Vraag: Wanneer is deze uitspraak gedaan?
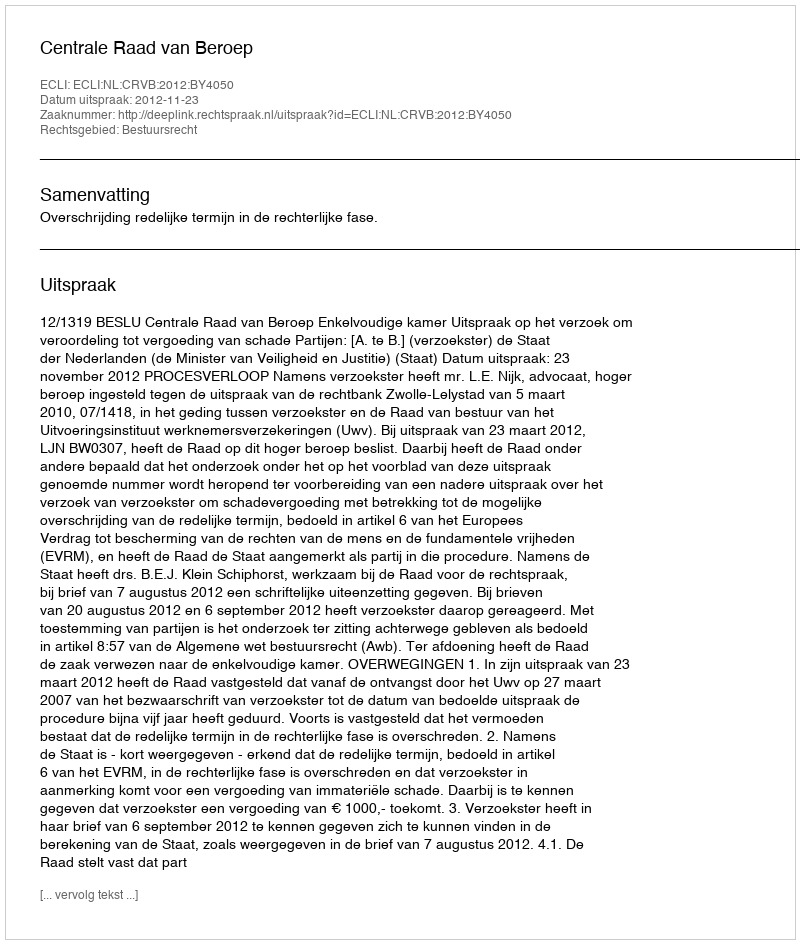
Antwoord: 2012-11-23